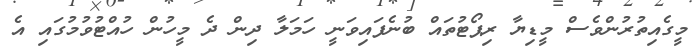
މީގެއިތުރުންވެސް މީޑިޔާ ރިޕޯޓުތައް ބުނެފައިވަނީ ހަމަލާ ދިން ދެ މީހުން ހުއްޓުވުމުގައި އެ